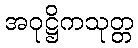
အဝုဋ္ဌိကသုတ္တ